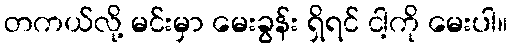
တကယ်လို့ မင်းမှာ မေးခွန်း ရှိရင် ငါ့ကို မေးပါ။